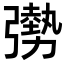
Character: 𫸾